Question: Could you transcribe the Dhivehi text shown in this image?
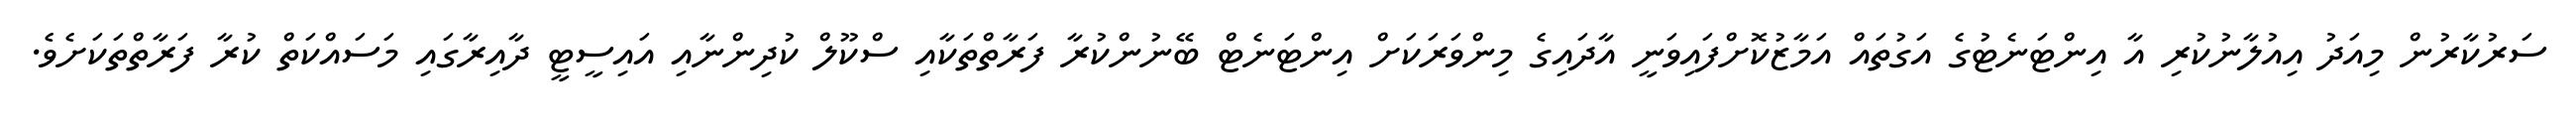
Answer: ސަރުކާރުން މިއަދު އިއުލާނުކުރި އާ އިންޓަނެޓުގެ އަގުތައް އަމާޒުކޮށްފައިވަނީ އާދައިގެ މިންވަރަކަށް އިންޓަނެޓް ބޭނުންކުރާ ފަރާތްތަކާއި ސްކޫލް ކުދިންނާއި އައިސީޓީ ދާއިރާގައި މަސައްކަތް ކުރާ ފަރާތްތަކަށެވެ.